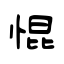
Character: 惃